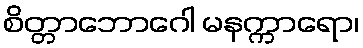
စိတ္တာဘောဂေါ မနက္ကာရော၊